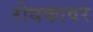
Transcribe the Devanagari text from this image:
रोधकावर